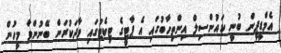
އެމްޑީޕީން ބުނީ ކައުންސިލް އިންތިހާބުގައި އެ ޕާޓީގެ ޓިކެޓުގައި ވާދަކުރަން ބޭނުންވާ މީހުން